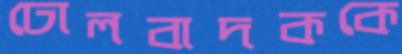
ঢোলবাদককে